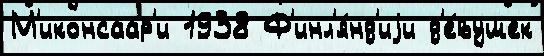
М'иконсаар'и 1938 Ф'инл'я́нд'иjи д'е́вушек